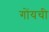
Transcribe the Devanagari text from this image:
गोंयची